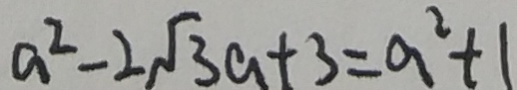
a ^ { 2 } - 2 \sqrt { 3 } a + 3 = a ^ { 2 } + 1